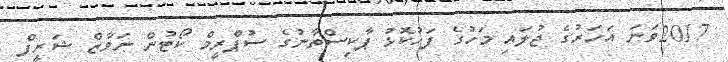
2017ވަނަ އަހަރުގެ ޖުލައި މަހުގެ ފަހުކޮޅު ޕާކިސްތާނުގެ ސުޕްރީމް ކޯޓުން ނަވާޒް ޝަރީފް